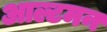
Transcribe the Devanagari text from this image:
आल्टमन